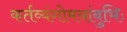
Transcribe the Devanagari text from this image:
कर्तव्यंगोमयांबुभिः